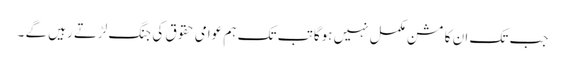
جب تک ان کا مشن مکمل نہیں ہوگا تب تک ہم عوامی حقوق کی جنگ لڑتے رہیں گے ۔